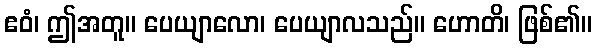
ဧဝံ၊ ဤအတူ။ ပေယျာလော၊ ပေယျာလသည်။ ဟောတိ၊ ဖြစ်၏။